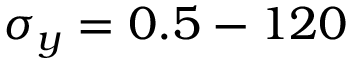
\sigma _ { y } = 0 . 5 - 1 2 0